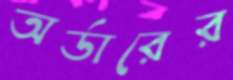
অর্ডারের